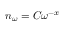
n _ { \omega } = C \omega ^ { - x }